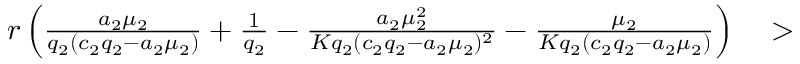
\begin{array} { r } { r \left( \frac { a _ { 2 } \mu _ { 2 } } { q _ { 2 } ( c _ { 2 } q _ { 2 } - a _ { 2 } \mu _ { 2 } ) } + \frac { 1 } { q _ { 2 } } - \frac { a _ { 2 } \mu _ { 2 } ^ { 2 } } { K q _ { 2 } ( c _ { 2 } q _ { 2 } - a _ { 2 } \mu _ { 2 } ) ^ { 2 } } - \frac { \mu _ { 2 } } { K q _ { 2 } ( c _ { 2 } q _ { 2 } - a _ { 2 } \mu _ { 2 } ) } \right) \quad > } \end{array}